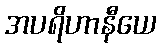
အပရိဟာနီယေ